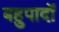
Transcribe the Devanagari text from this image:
बहुपादों